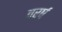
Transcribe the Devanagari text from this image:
वरर्ष